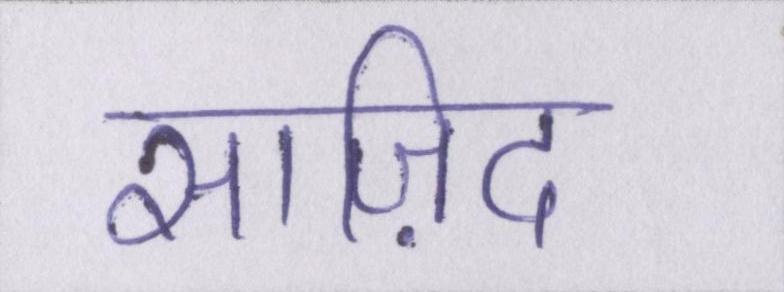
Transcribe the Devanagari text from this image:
साज़िद